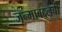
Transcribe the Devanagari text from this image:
जन्माबद्दलची